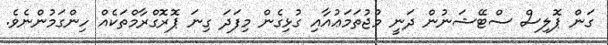
ގަން ޕޮލިސް ސްޓޭޝަނުން ދަނީ މުޖުތަމަޢުއާއި ގުޅިގެން މިފަދަ ގިނަ ޕޮރޮގްރާމްތަކެއް ހިންގަމުންނެވެ.